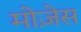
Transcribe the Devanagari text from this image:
मोजे़स